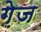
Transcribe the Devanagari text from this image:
गे़ज